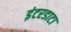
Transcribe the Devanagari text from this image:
इंटरडाटा